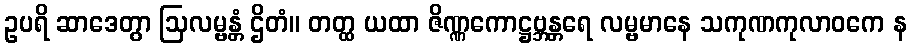
ဥပရိ ဆာဒေတွာ ဩလမ္ဗန္တံ ဌိတံ။ တတ္ထ ယထာ ဇိဏ္ဏကောဋ္ဌဗ္ဘန္တရေ လမ္ဗမာနေ သကုဏကုလာဝကေ န